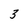
Character: 3